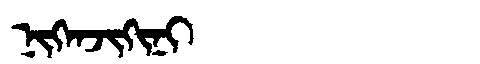
Manchu: ᠨᡳᡴᡝᠨᠵᡳᡴᡳᠨᡳ
Romanization: NIKENJIKINI